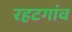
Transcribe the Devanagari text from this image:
रहटगांव